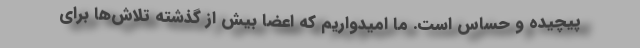
پیچیده و حساس است. ما امیدواریم که اعضا بیش از گذشته تلاش‌ها برای